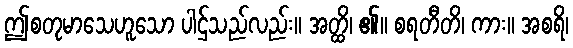
ဤစတုမာသေဟူသော ပါဌ်သည်လည်း။ အတ္ထိ၊ ၏။ စရတီတိ၊ ကား။ အစရိ၊